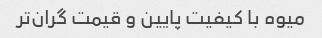
میوه با کیفیت پایین و قیمت گران‌تر